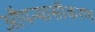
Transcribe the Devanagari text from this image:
औपन्यासीकरण